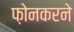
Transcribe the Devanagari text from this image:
फ़ोनकरने